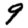
Digit: 9